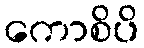
ကောစိပိ